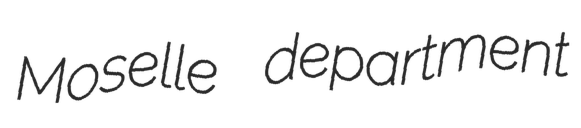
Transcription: Moselle department